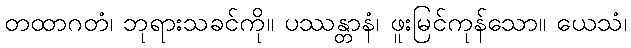
တထာဂတံ၊ ဘုရားသခင်ကို။ ပဿန္တာနံ၊ ဖူးမြင်ကုန်သော။ ယေသံ၊